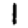
Digit: 1